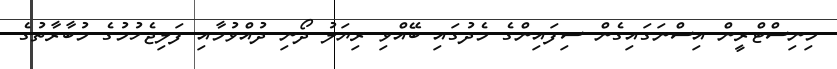
މިނިސްޓްރީން އިސްނަގައިގެން ސިފައިންގެ މެދުގައި ބޭއްވި ރިޔަލު ދޯނި ދުއްވުމާއި ފަލިޖެހުމުގެ މުބާރާތުގެ